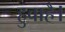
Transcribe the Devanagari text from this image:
हुवाहै।